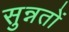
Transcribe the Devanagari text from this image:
सुन्नतों